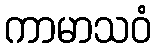
ကာမာသဝံ